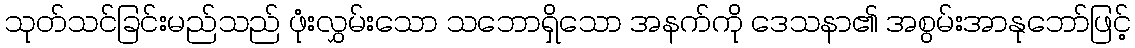
သုတ်သင်ခြင်းမည်သည် ဖုံးလွှမ်းသော သဘောရှိသော အနက်ကို ဒေသနာ၏ အစွမ်းအာနုဘော်ဖြင့်